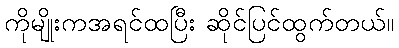
ကိုမျိုးကအရင်ထပြီး ဆိုင်ပြင်ထွက်တယ်။